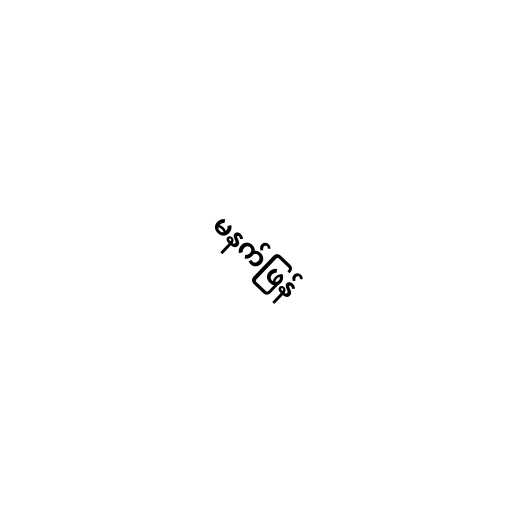
မနက်ဖြန်